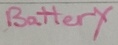
Text: Battery